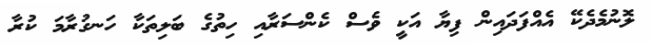
ލޮނުމެދެކޭ އެއްފަދައިން ފިޔާ އަކީ ވެސް ކެންސަރާއި ހިތުގެ ބަލިތަކާ ހަނގުރާމަ ކުރާ